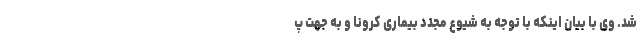
شد. وی با بیان اینکه با توجه به شیوع مجدد بیماری کرونا و به جهت پ